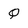
Character: Q